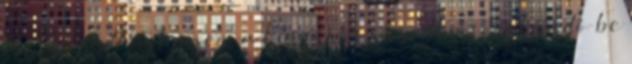
IX. századba, hanem a kései VI. századba sorolandó be